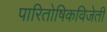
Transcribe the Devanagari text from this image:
पारितोषिकविजेती